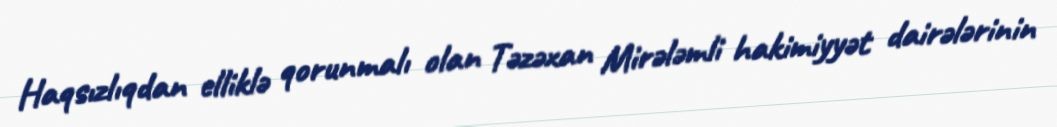
Haqsızlıqdan elliklə qorunmalı olan Təzəxan Mirələmli hakimiyyət dairələrinin